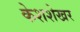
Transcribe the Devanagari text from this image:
केशशेखर